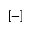
[ - ]